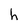
Character: h